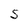
Character: S